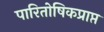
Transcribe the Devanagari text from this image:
पारितोषिकप्राप्त